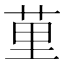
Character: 荲